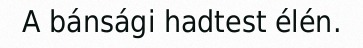
A bánsági hadtest élén.